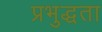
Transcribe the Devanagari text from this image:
प्रभुद्धता